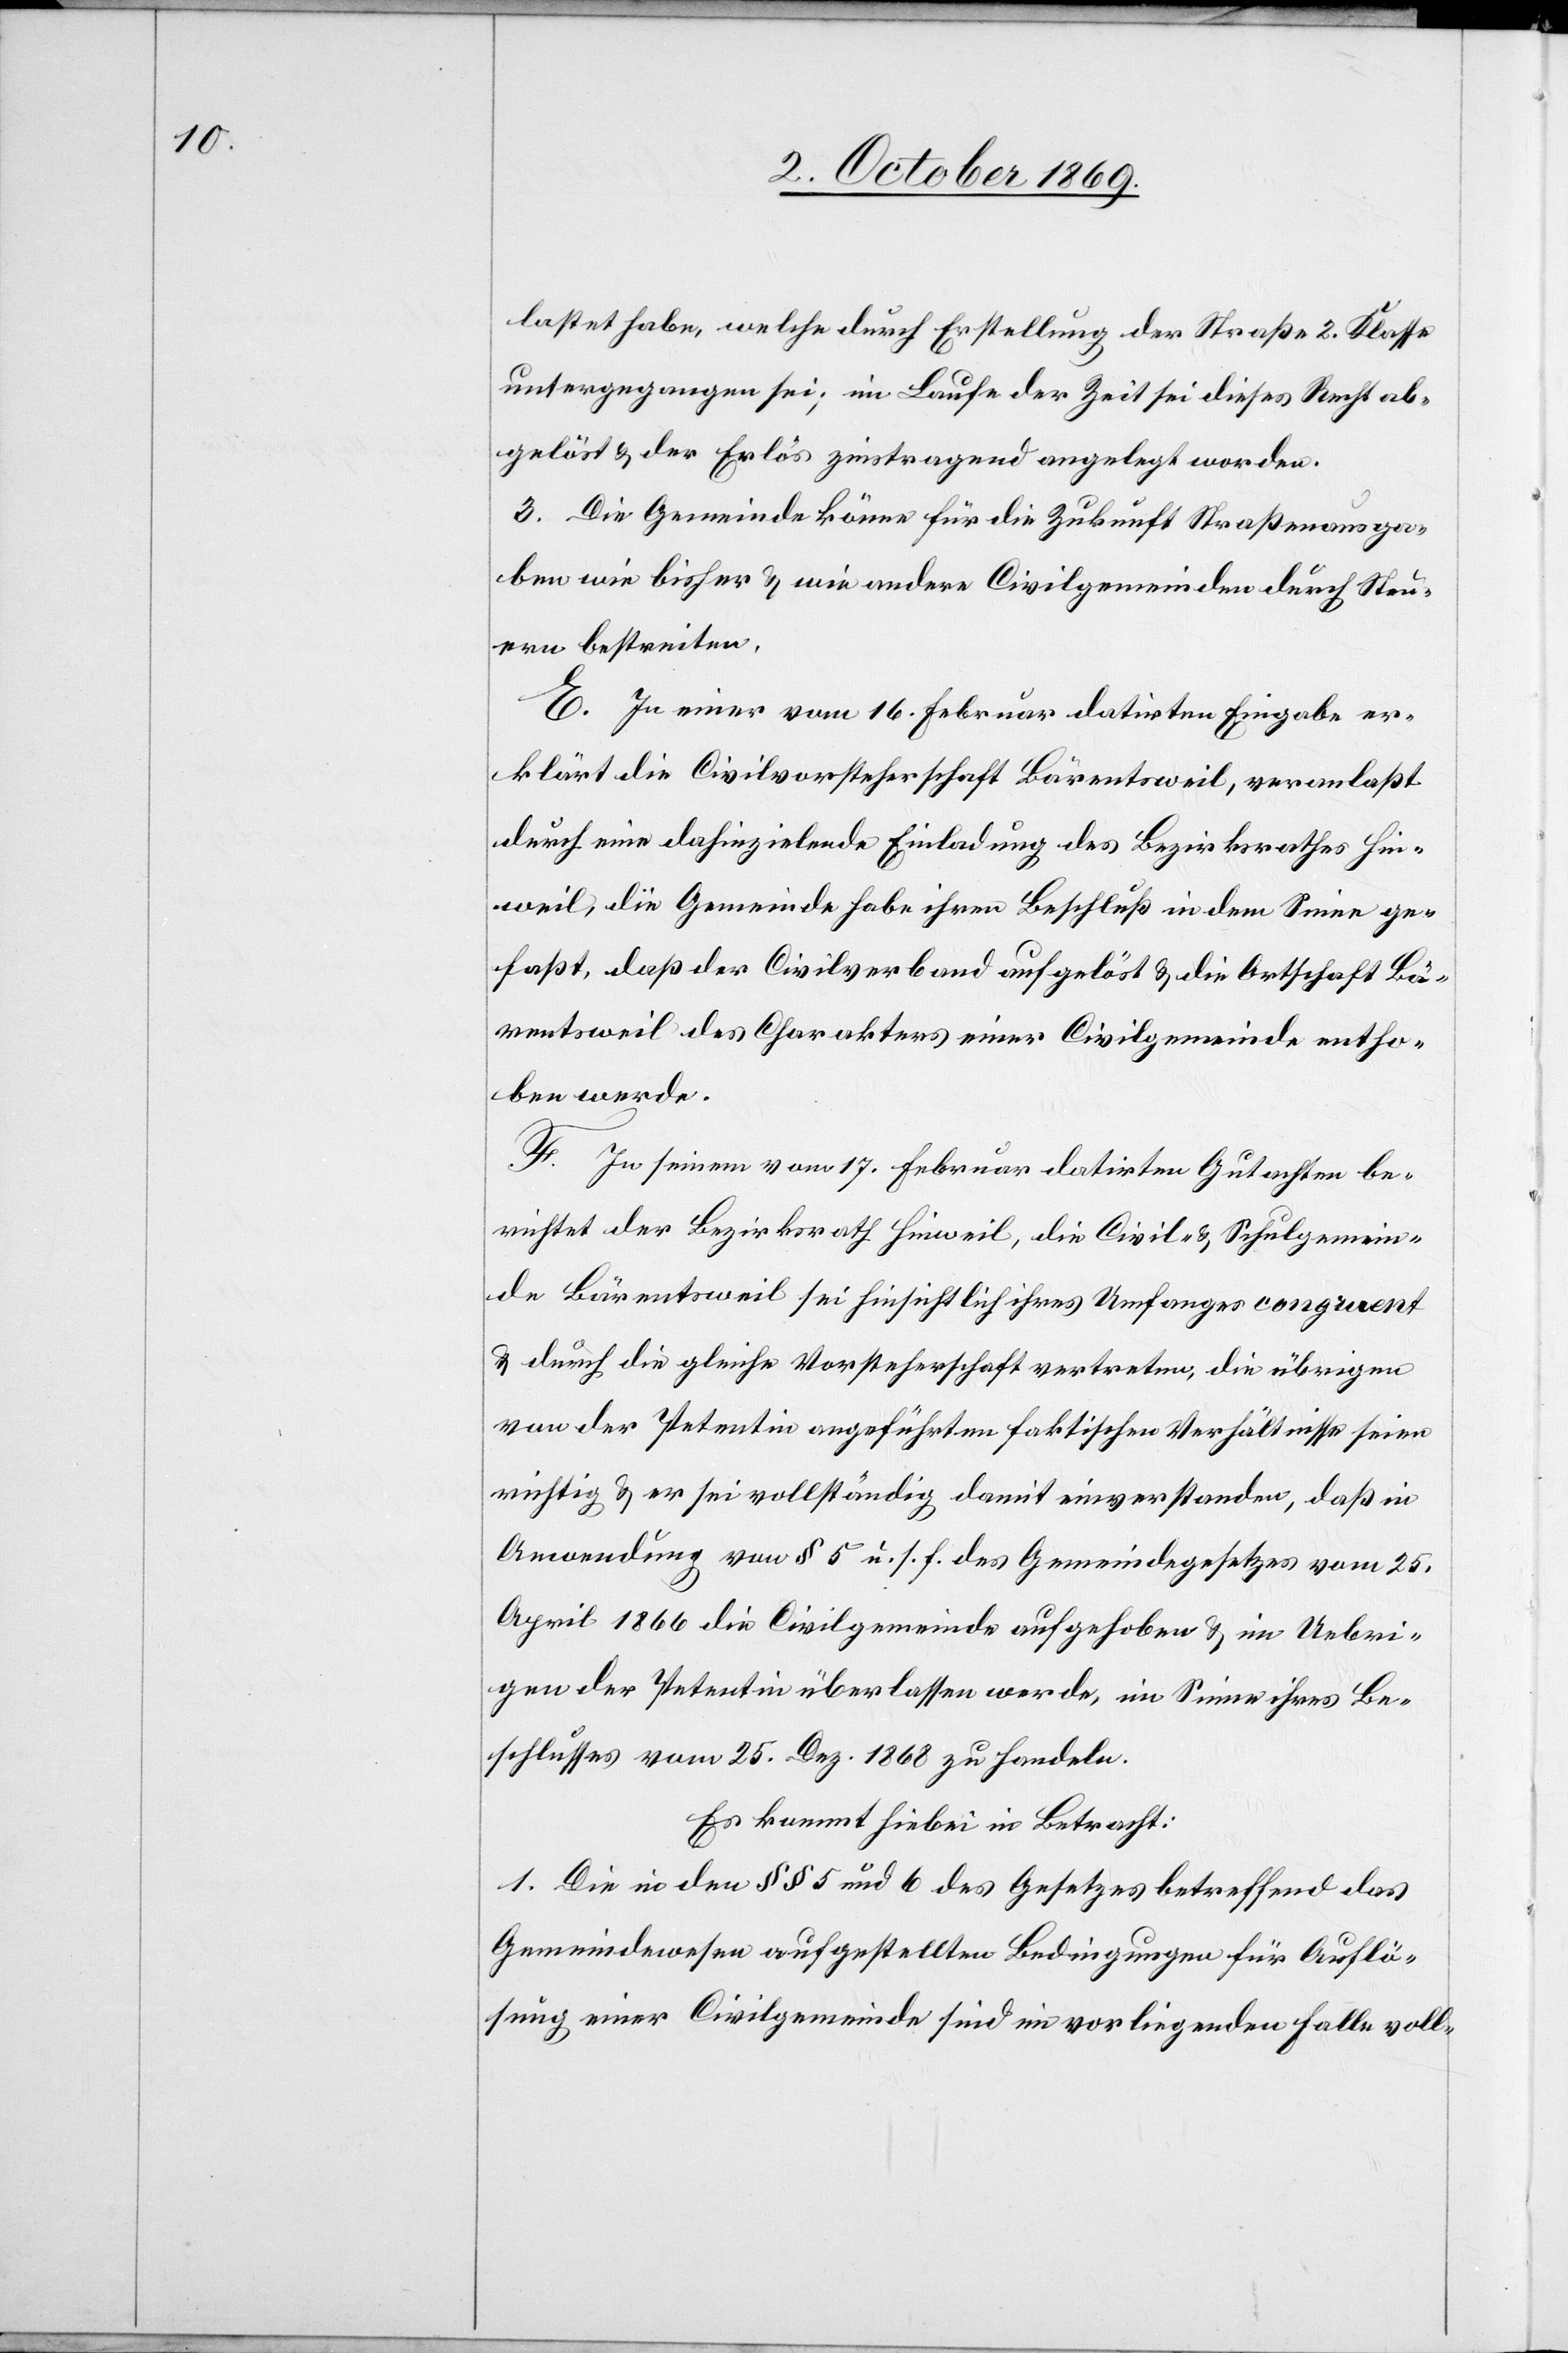
lastet habe, welche durch Erstellung der Straße 2. Klasse
untergegangen sei; im Laufe der Zeit sei dieses Recht ab¬
gelöst & der Erlös zinstragend angelegt worden.
3. Die Gemeinde könne für die Zukunft Straßenausga¬
ben wie bisher & wie andere Civilgemeinden durch Steu¬
ern bestreiten.
E. In einer vom 16. Februar datirten Eingabe er¬
klärt die Civilvorsteherschaft Bärentsweil, veranlaßt
durch eine dahinzielende Einladung des Bezirksrathes Hin¬
weil, die Gemeinde habe ihren Beschluß in dem Sinne ge¬
faßt, daß der Civilverband aufgelöst & die Ortschaft Bä¬
rentsweil des Charakters einer Civilgemeinde entho¬
ben werde.
F. In seinem vom 17. Februar datirten Gutachten be¬
richtet der Bezirksrath Hinweil, die Civil- & Schulgemein¬
de Bärentsweil sei hinsichtlich ihres Umfanges congruent
& durch die gleiche Vorsteherschaft vertreten, die übrigen
von der Petentin angeführten faktischen Verhältnisse seien
richtig & er sei vollständig damit einverstanden, daß in
Anwendung von § 5 u. s. f. des Gemeindegesetzes vom 25.
April 1866 die Civilgemeinde aufgehoben & im Uebri¬
gen der Petentin überlassen werde, im Sinne ihres Be¬
schlusses vom 25. Dez. 1868 zu handeln.
Es kommt hiebei in Betracht:
1. Die in den §§ 5 und 6 des Gesetzes betreffend das
Gemeindewesen aufgestellten Bedingungen für Auflö¬
sung einer Civilgemeinde sind im vorliegenden Falle voll-